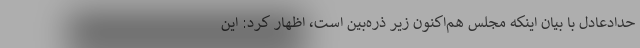
حدادعادل با بیان اینکه مجلس هم‌اکنون زیر ذره‌بین است، اظهار کرد: این